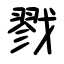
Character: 戮